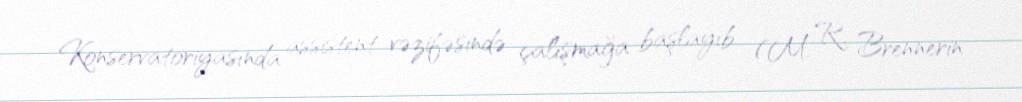
Konservatoriyasında assistent vəzifəsində çalışmağa başlayıb (M. R. Brennerin